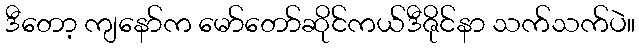
ဒီတော့ ကျနော်က မော်တော်ဆိုင်ကယ်ဒီဇိုင်နာ သက်သက်ပဲ။